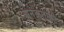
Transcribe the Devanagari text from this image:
अनेकताओं